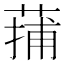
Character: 蒱